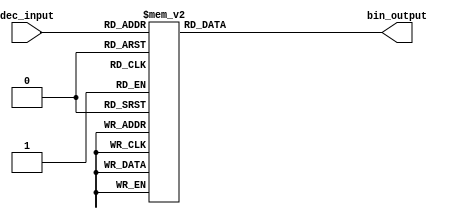
module DecimalToBinaryEncoder (
    input  wire [3:0] dec_input,  // 4-bit decimal input
    output reg  [3:0] bin_output   // 4-bit binary output
);

    always @(*) begin
        case (dec_input)
            4'b0000: bin_output = 4'b0000; // Decimal 0
            4'b0001: bin_output = 4'b0001; // Decimal 1
            4'b0010: bin_output = 4'b0010; // Decimal 2
            4'b0011: bin_output = 4'b0011; // Decimal 3
            4'b0100: bin_output = 4'b0100; // Decimal 4
            4'b0101: bin_output = 4'b0101; // Decimal 5
            4'b0110: bin_output = 4'b0110; // Decimal 6
            4'b0111: bin_output = 4'b0111; // Decimal 7
            4'b1000: bin_output = 4'b1000; // Decimal 8
            4'b1001: bin_output = 4'b1001; // Decimal 9
            default: bin_output = 4'b1111;  // Invalid input (greater than 9)
        endcase
    end

endmodule